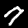
Digit: 7